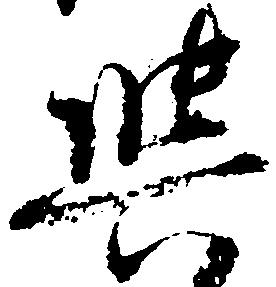
興